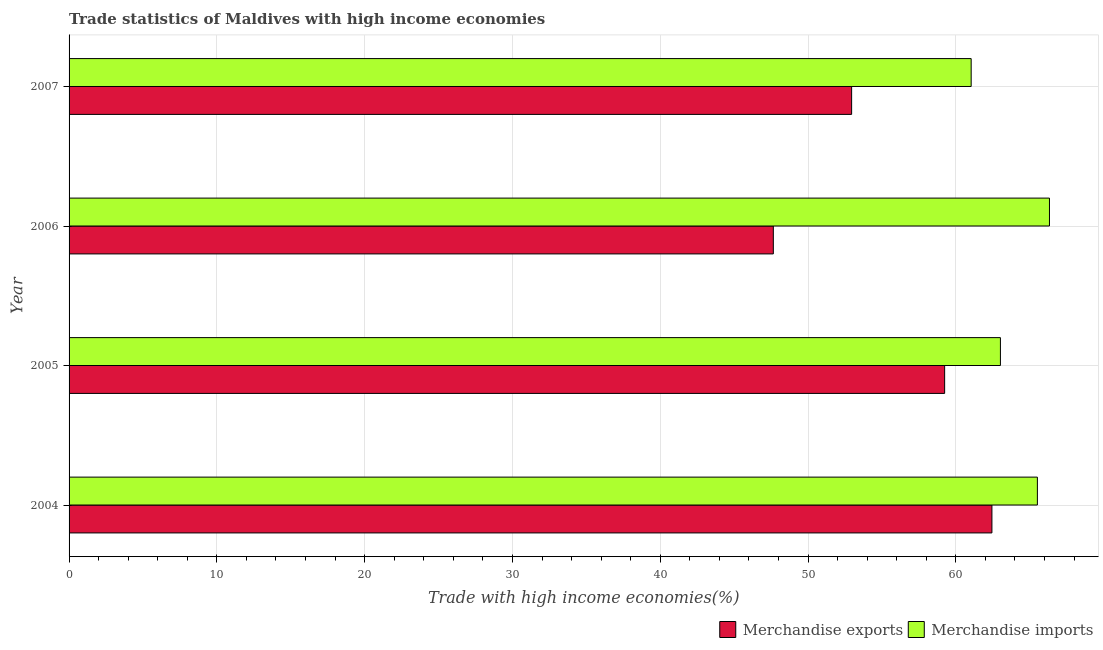
| Year | Merchandise exports | Merchandise imports |
 | --- | --- | --- |
 | 2004 | 62.4 | 65.5 |
 | 2005 | 59.2 | 63 |
 | 2006 | 47.7 | 66.3 |
 | 2007 | 53 | 61 |